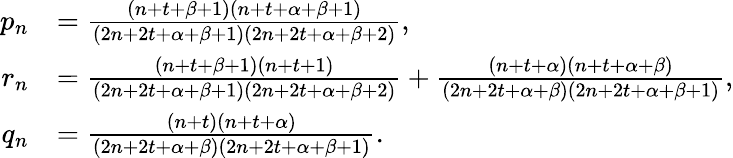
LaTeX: \begin{array}{rl}{p_{n}}&{=\frac{(n+t+\beta+1)(n+t+\alpha+\beta+1)}{(2n+2t+\alpha+\beta+1)(2n+2t+\alpha+\beta+2)},}\\ {r_{n}}&{=\frac{(n+t+\beta+1)(n+t+1)}{(2n+2t+\alpha+\beta+1)(2n+2t+\alpha+\beta+2)}+\frac{(n+t+\alpha)(n+t+\alpha+\beta)}{(2n+2t+\alpha+\beta)(2n+2t+\alpha+\beta+1)},}\\ {q_{n}}&{=\frac{(n+t)(n+t+\alpha)}{(2n+2t+\alpha+\beta)(2n+2t+\alpha+\beta+1)}.}\end{array}